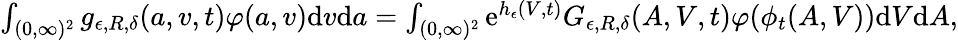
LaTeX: \begin{array}{r}{\int_{(0,\infty)^{2}}g_{\epsilon,R,\delta}(a,v,t)\varphi(a,v)\textup{d}v\textup{d}a=\int_{(0,\infty)^{2}}\textup{e}^{h_{\epsilon}(V,t)}G_{\epsilon,R,\delta}(A,V,t)\varphi(\phi_{t}(A,V))\textup{d}V\textup{d}A,}\end{array}